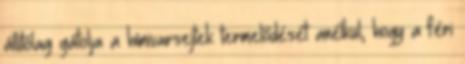
állítólag gátolja a hímivarsejtek termelődését anélkül, hogy a féri